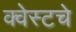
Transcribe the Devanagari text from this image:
क्वेस्टचे